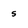
Character: s